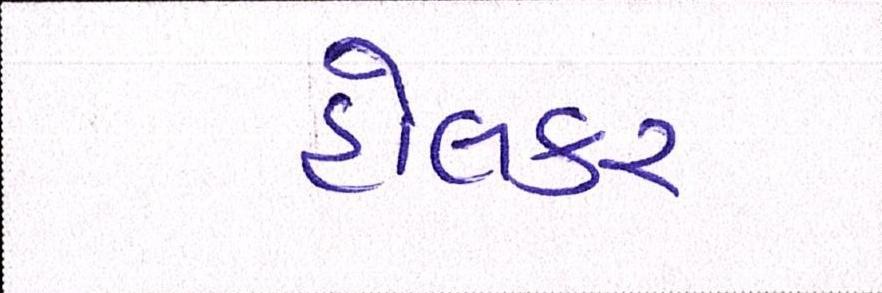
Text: હોલકર